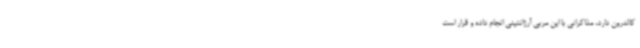
کالدرون دارد، مذاکراتی با این مربی آرژانتینی انجام داده و قرار است